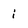
Character: i